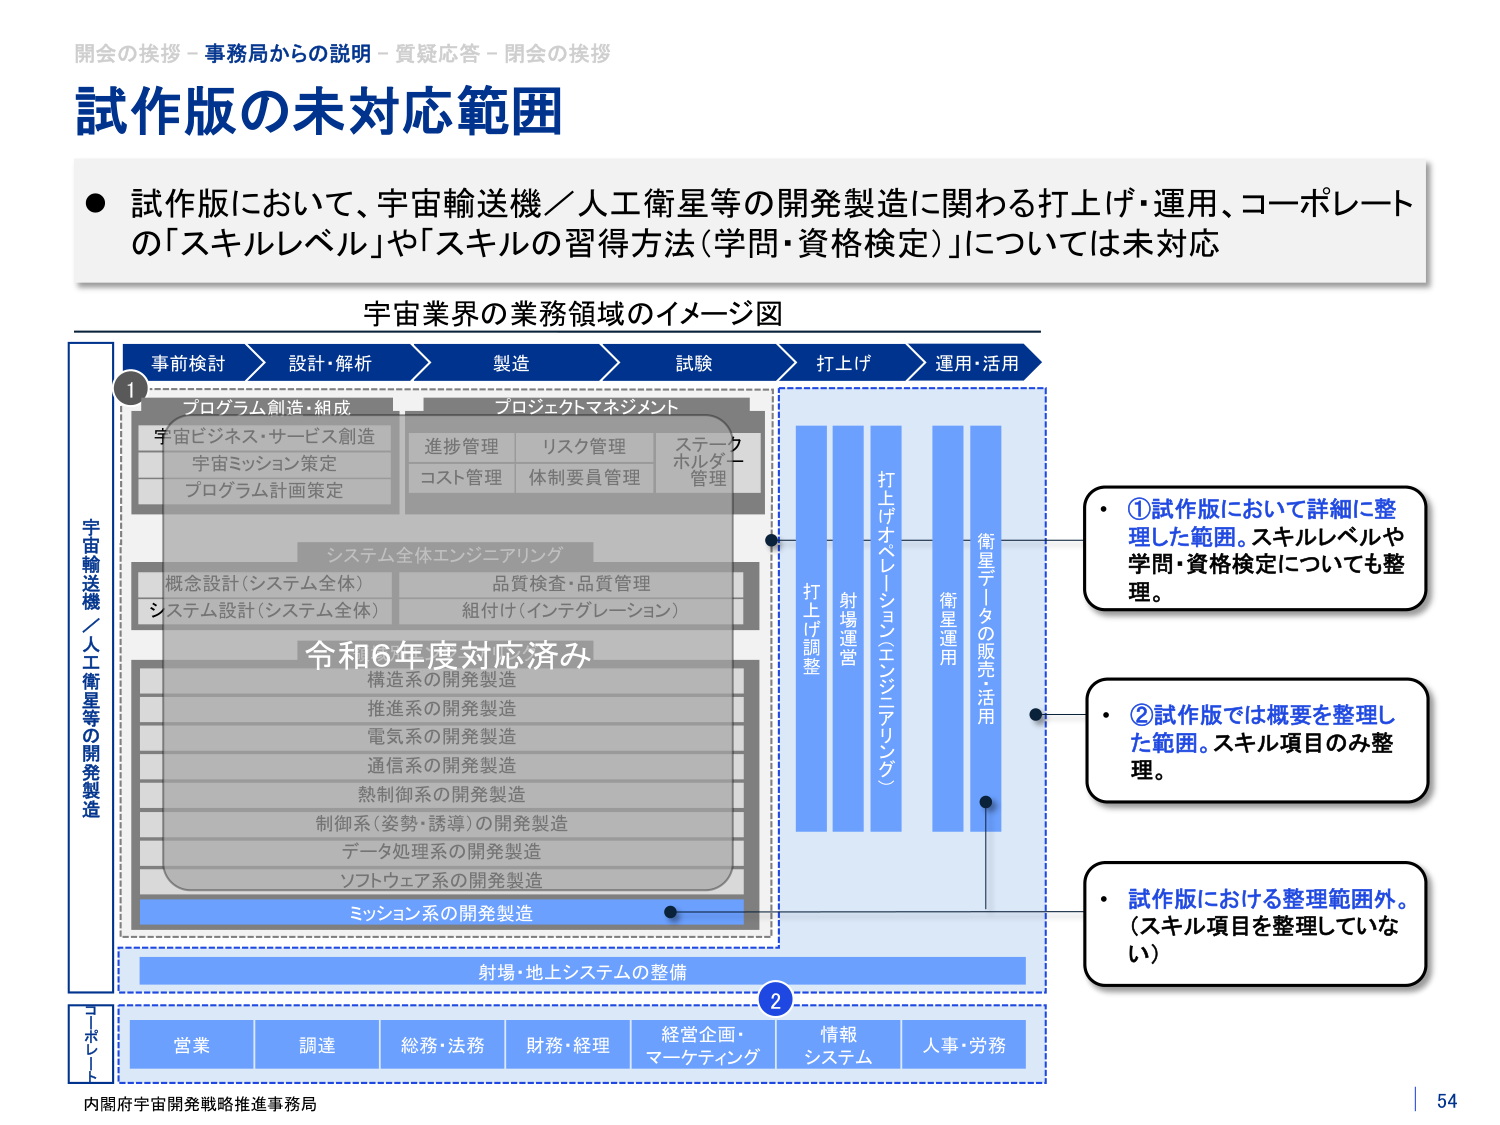
開会の挨拶－事務局からの説明－質疑応答－閉会の挨拶
試作版の未対応範囲
● 試作版において、宇宙輸送機／人工衛星等の開発製造に関わる打上げ・運用、コーポレートの「スキルレベル」や「スキルの習得方法（学問・資格検定）」については未対応

宇宙業界の業務領域のイメージ図

事前検討 → 設計・解析 → 製造 → 試験 → 打上げ → 運用・活用

①
プログラム創造・組成
宇宙ビジネス・サービス創造
宇宙ミッション策定
プログラム計画策定

プロジェクトマネジメント
進捗管理
リスク管理
ステークホルダー管理
コスト管理
体制委員管理

システム全体エンジニアリング
概念設計（システム全体）
システム設計（システム全体）
品質検査・品質管理
組付け（インテグレーション）

令和6年度対応済み
構造系の開発製造
推進系の開発製造
電気系の開発製造
通信系の開発製造
熱制御系の開発製造
制御系（姿勢・誘導）の開発製造
データ処理系の開発製造
ソフトウェア系の開発製造
ミッション系の開発製造

打上げ調整
射場運営
打上げオペレーションエンジニアリング
衛星運用
衛星データの販売・活用

射場・地上システムの整備

②
営業
調達
総務・法務
財務・経理
経営企画・マーケティング
情報システム
人事・労務

・ ①試作版において詳細に整理した範囲。スキルレベルや学問・資格検定についても整理。
・ ②試作版では概要を整理した範囲。スキル項目のみ整理。
・ 試作版における整理範囲外。（スキル項目を整理していない）

宇宙輸送機／人工衛星等の開発製造
コーポレート

内閣府宇宙開発戦略推進事務局
54